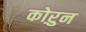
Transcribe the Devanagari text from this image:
कोऱुन